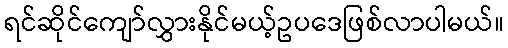
ရင်ဆိုင်ကျော်လွှားနိုင်မယ့်ဥပဒေဖြစ်လာပါမယ်။